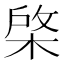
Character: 棨